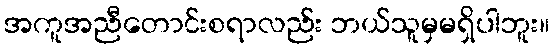
အကူအညီတောင်းစရာလည်း ဘယ်သူမှမရှိပါဘူး။